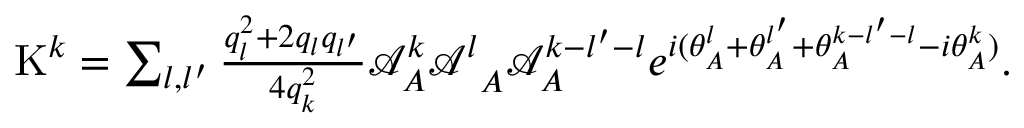
\begin{array} { r } { \mathrm { K } ^ { k } = \sum _ { l , l ^ { \prime } } \frac { q _ { l } ^ { 2 } + 2 q _ { l } q _ { l ^ { \prime } } } { 4 q _ { k } ^ { 2 } } { \mathcal { A } _ { A } ^ { k } \mathcal { A } ^ { l } } _ { A } \mathcal { A } _ { A } ^ { k - l ^ { \prime } - l } e ^ { i ( \theta _ { A } ^ { l } + \theta _ { A } ^ { l ^ { \prime } } + \theta _ { A } ^ { k - l ^ { \prime } - l } - { i \theta _ { A } ^ { k } } ) } . } \end{array}